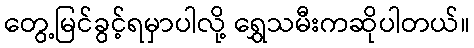
တွေ့မြင်ခွင့်ရမှာပါလို့ ရွှေသမီးကဆိုပါတယ်။